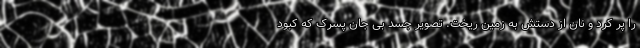
را پر کرد و نان از دستش به زمین ریخت. تصویر جسد بی جان پسرک که کبود